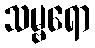
သမ္ဗရော